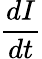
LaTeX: \frac{dI}{dt}